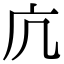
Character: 𭙍